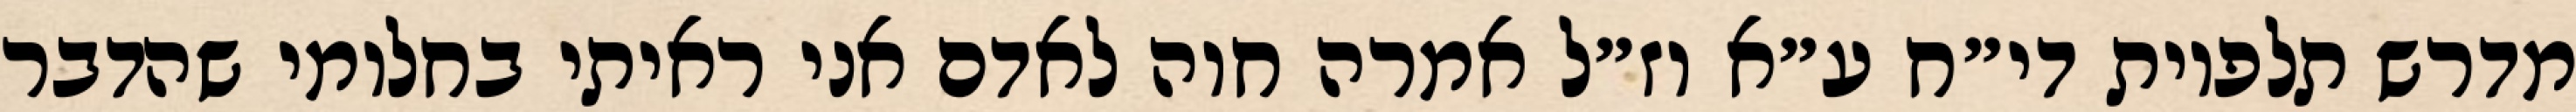
מדרש תלפיות די״ח ע״א וז״ל אמרה חוה לאדם אני ראיתי בחלומי שהדבר